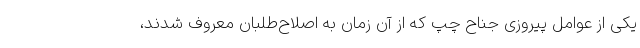
یکی از عوامل پیروزی جناح چپ که از آن زمان به اصلاح‌طلبان معروف شدند،